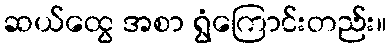
ဆယ်ထွေ အစာ ရွံကြောင်းတည်း။